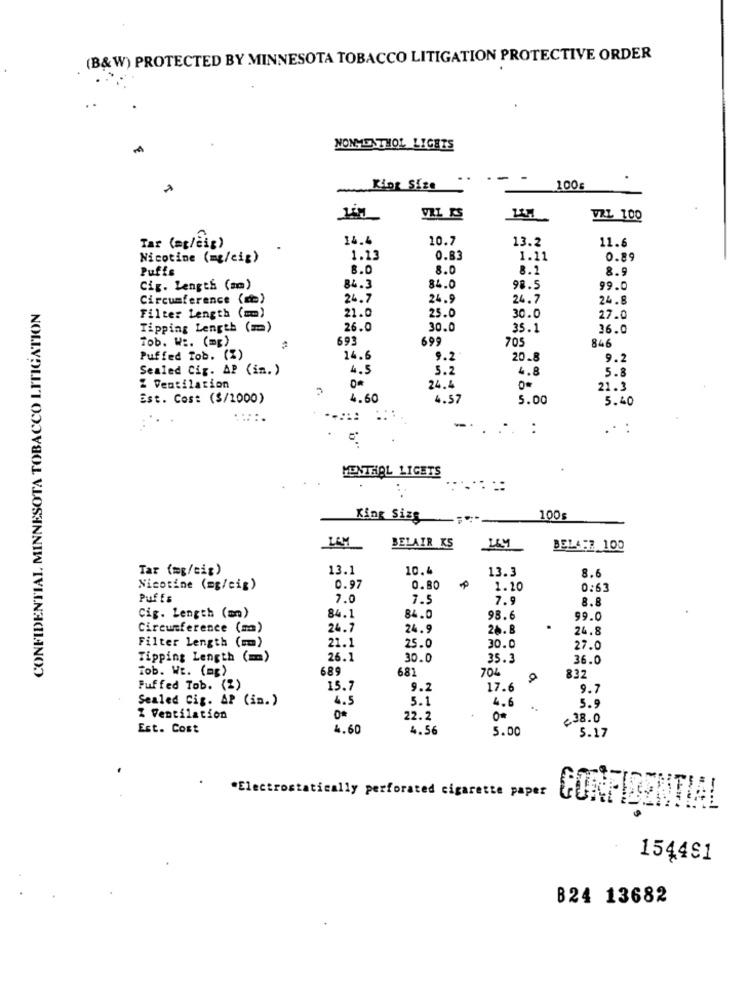
(B&W) PROTECTED BY MINNESOTA TOBACCO LITIGATION PROTECTIVE ORDER
NONMENTHOL LIGETS
..
--
King Size
100
VRL 1.00
14.6
10.7
13.2
Tar (at/čig)
11.6
Nicotine (mg/cig)
1.13
0.83
1.11
0.89
Puffe
8.0
8.0
8.1
8.9
Cig. Length (am)
84.3
84.0
98.5
99.0
Circumference (a)
24.7
24.9
24.7
24.8
CONFIDENTIAL, MINNESOTA TOBACCO LITIGATION
21.0
Filter Length (mm)
25.0
30.0
27.0
Tipping Length (mm)
26.0
30.0
35.1
36.0
Tob. WE. (mg)
693
699
705
846
Puffed Tob. (%)
14.6
9.2
20.8
9.2
Sealed Cig. AP (in.)
4.5
5.2
4.8
5.8
Z Ventilation
24.4
21.3
Est. Cos: ($/1000)
4.60
4.57
5.00
5.40
... ... :
.. :
MENTHAL LIGHTS
King Size
100
BELAIR KS
BELAST 100
Tar (mg/cig)
13.1
10.4
13.3
8.6
Nicotine (mg/cig)
0.97
0.80
1.20
0:63
Puffs
7.0
7.9
7.9
8.8
Cig. Length (mn)
84.1
84.0
98.6
99.0
Circumference (m)
24.7
24.9
26. 8
24.8
Filter Length (a)
21.1
25.0
30.0
27.0
Tipping Length (m)
26.1
30.0
35.3
36.0
Tob. WE. (mg)
689
681
704
O
832
Puffed Tob. (2)
15.7
9.2
17.6
9.7
Sealed Cig. AP (in.)
4.5
5.1
4.6
5.9
Z Ventilation
22.2
<38.0
Est. Cost
4.60
4.56
5.00
5.17
"Electrostatically perforated cigarette paper
CONFIDENTIAL
154481
B24 13682